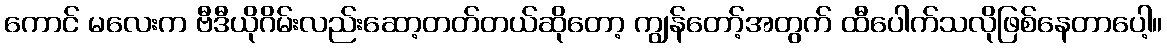
ကောင် မလေးက ဗီဒီယိုဂိမ်းလည်းဆော့တတ်တယ်ဆိုတော့ ကျွန်တော့်အတွက် ထီပေါက်သလိုဖြစ်နေတာပေါ့။